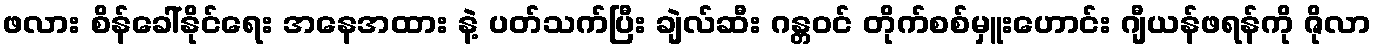
ဖလား စိန်ခေါ်နိုင်ရေး အနေအထား နဲ့ ပတ်သက်ပြီး ချဲလ်ဆီး ဂန္တဝင် တိုက်စစ်မှူးဟောင်း ဂျီယန်ဖရန်ကို ဇိုလာ